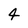
Character: 4